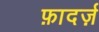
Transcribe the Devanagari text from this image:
फ़ादर्ज़